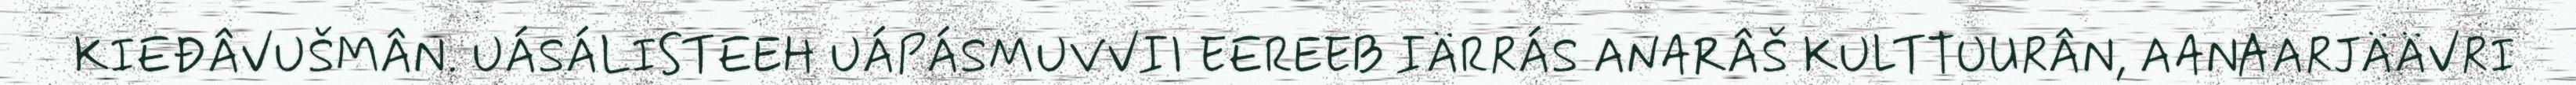
KIEĐÂVUŠMÂN. UÁSÁLISTEEH UÁPÁSMUVVII EEREEB IÄRRÁS ANARÂŠ KULTTUURÂN, AANAARJÄÄVRI